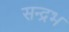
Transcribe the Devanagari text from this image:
सन्द्रभ